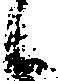
候